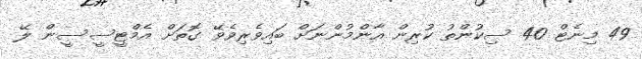
49 މިނެޓް 40 ސިކުންތު ކުރިން އާންމުންނަށް ބައިވެރިވެވޭ ގޮތަށް އެމްޓީސީސީން ލޭ